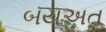
બયઅત